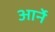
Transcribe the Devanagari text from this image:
आर्ने